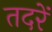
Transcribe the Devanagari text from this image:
तदरें